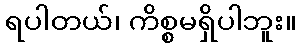
ရပါတယ်၊ ကိစ္စမရှိပါဘူး။